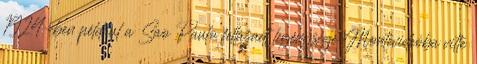
1924-ben például a Sao Paulo fellázadt legénysége Montevideóba vitte